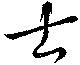
士